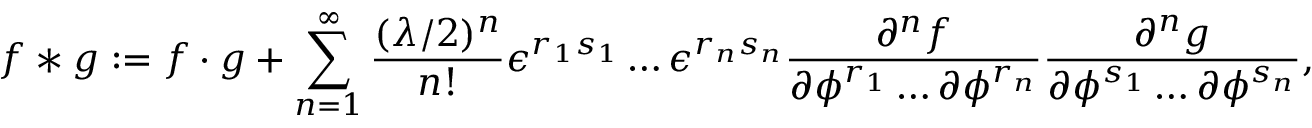
f \ast g : = f \cdot g + \sum _ { n = 1 } ^ { \infty } { \frac { ( \lambda / 2 ) ^ { n } } { n ! } } \epsilon ^ { r _ { 1 } s _ { 1 } } \dots \epsilon ^ { r _ { n } s _ { n } } { \frac { \partial ^ { n } f } { \partial \phi ^ { r _ { 1 } } \dots \partial \phi ^ { r _ { n } } } } { \frac { \partial ^ { n } g } { \partial \phi ^ { s _ { 1 } } \dots \partial \phi ^ { s _ { n } } } } ,